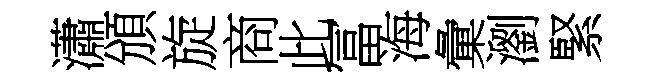
瀟頒旋商此冨海彙瀏緊